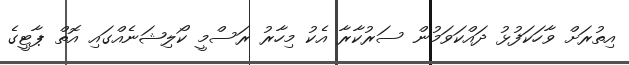
އިތުރަށް ވާހަކަފުޅު ދައްކަވަމުން ސަރުކާރާ އެކު މިހާރު ރަސްމީ ކޯލިޝަނެއްގައި އޮތް ޕާޓީގެ